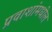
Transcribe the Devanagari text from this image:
प्रवाशांमधील